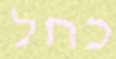
כחל